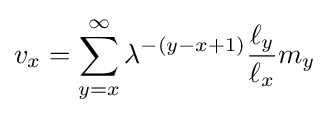
v_{x}=\sum _{y=x}^{\infty }\lambda ^{-(y-x+1)}{\frac {\ell _{y}}{\ell _{x}}}m_{y}